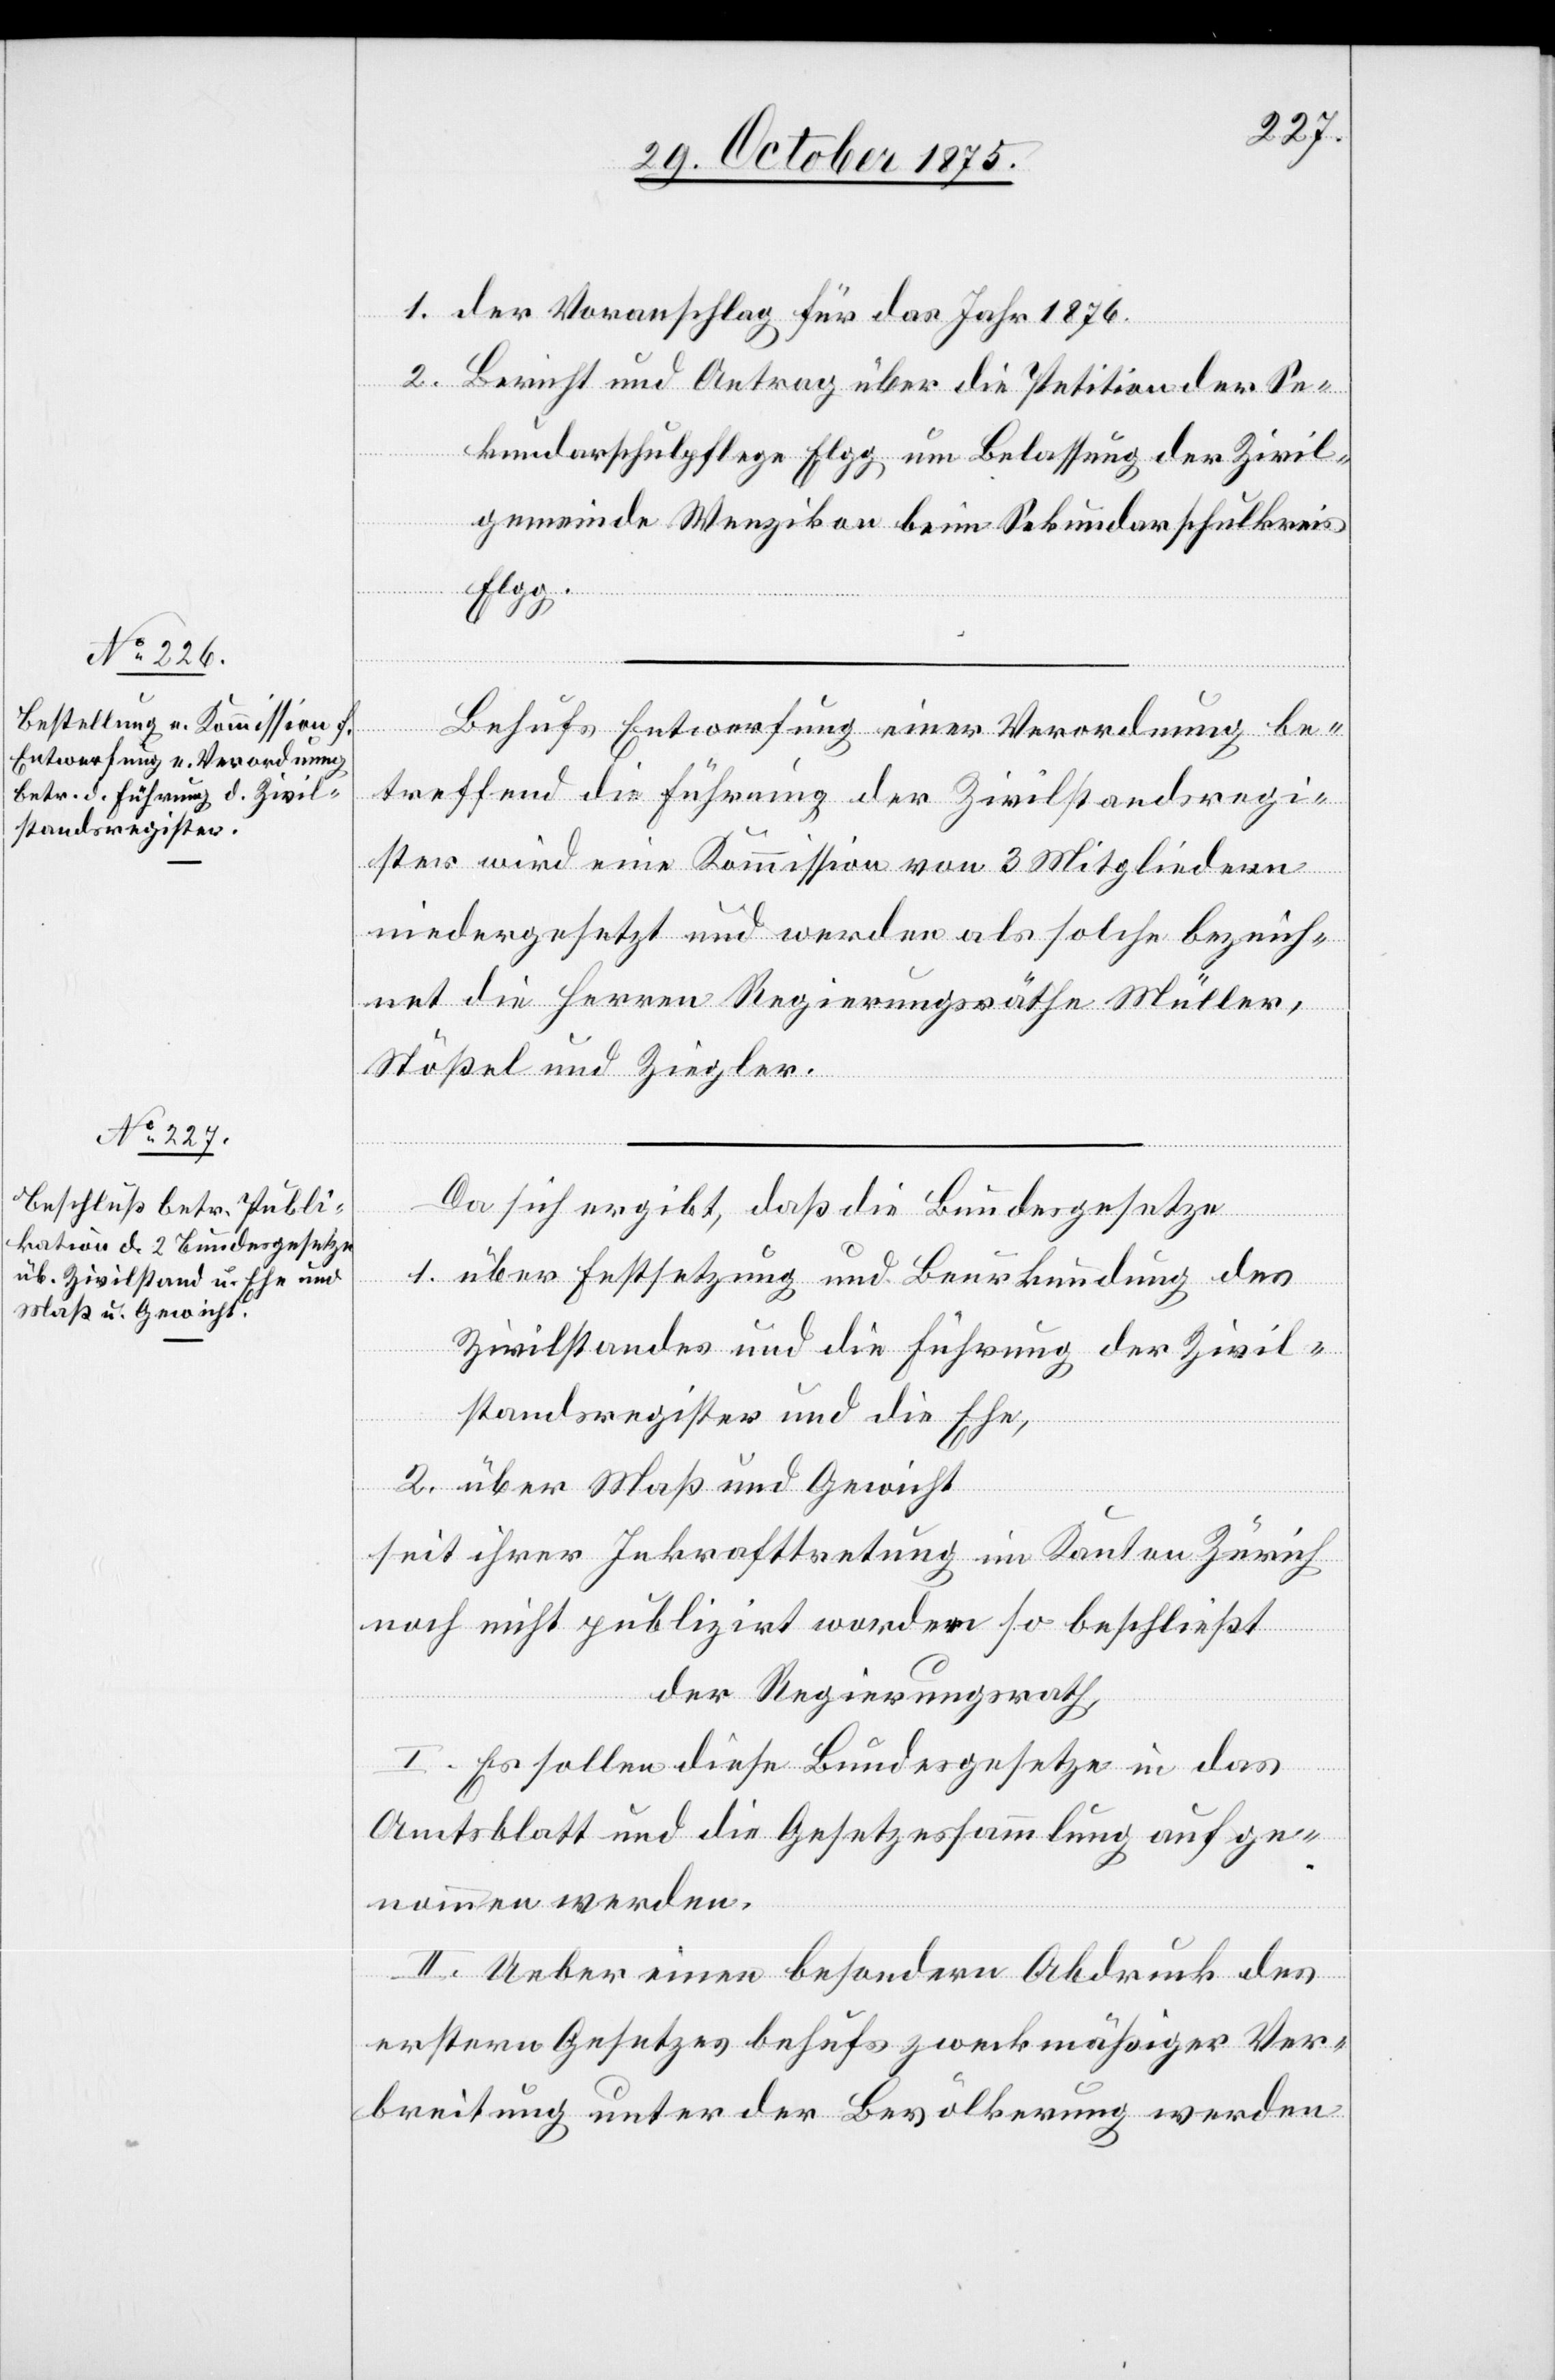
1. der Voranschlag für das Jahr 1876.
2. Bericht und Antrag über die Petition der Se¬
kundarschulpflege Elgg um Belassung der Zivil¬
gemeinde Wenzikon beim Sekundarschulkreis
Elgg.
Behufs Entwerfung einer Verordnung be¬
treffend die Führung der Zivilstandsregi¬
ster wird eine Kommission von 3 Mitgliedern
niedergesetzt und werden als solche bezeich¬
net die Herren Regierungsräthe Müller,
Stößel und Ziegler.
Da sich ergibt, daß die Bundesgesetze
1. über Festsetzung und Beurkundung des
Zivilstandes und die Führung der Zivil¬
standsregister und die Ehe,
2. über Maß und Gewicht
seit ihrer Inkrafttretung im Kanton Zürich
noch nicht publizirt worden so beschließt
der Regierungsrath,
I. Es sollen diese Bundesgesetze in das
Amtsblatt und die Gesetzessammlung aufge¬
nommen werden.
II. Ueber einen besondern Abdruck des
erstern Gesetzes behufs zweckmäßiger Ver¬
breitung unter der Bevölkerung werden